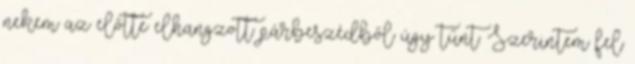
nekem az előtte elhangzott párbeszédből úgy tűnt. Szerintem fel